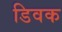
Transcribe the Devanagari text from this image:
डिवक